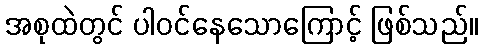
အစုထဲတွင် ပါဝင်နေသောကြောင့် ဖြစ်သည်။